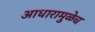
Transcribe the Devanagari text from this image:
आधारामुळेच